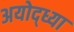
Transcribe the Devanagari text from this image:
अयोद्ध्या